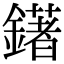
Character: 鐯